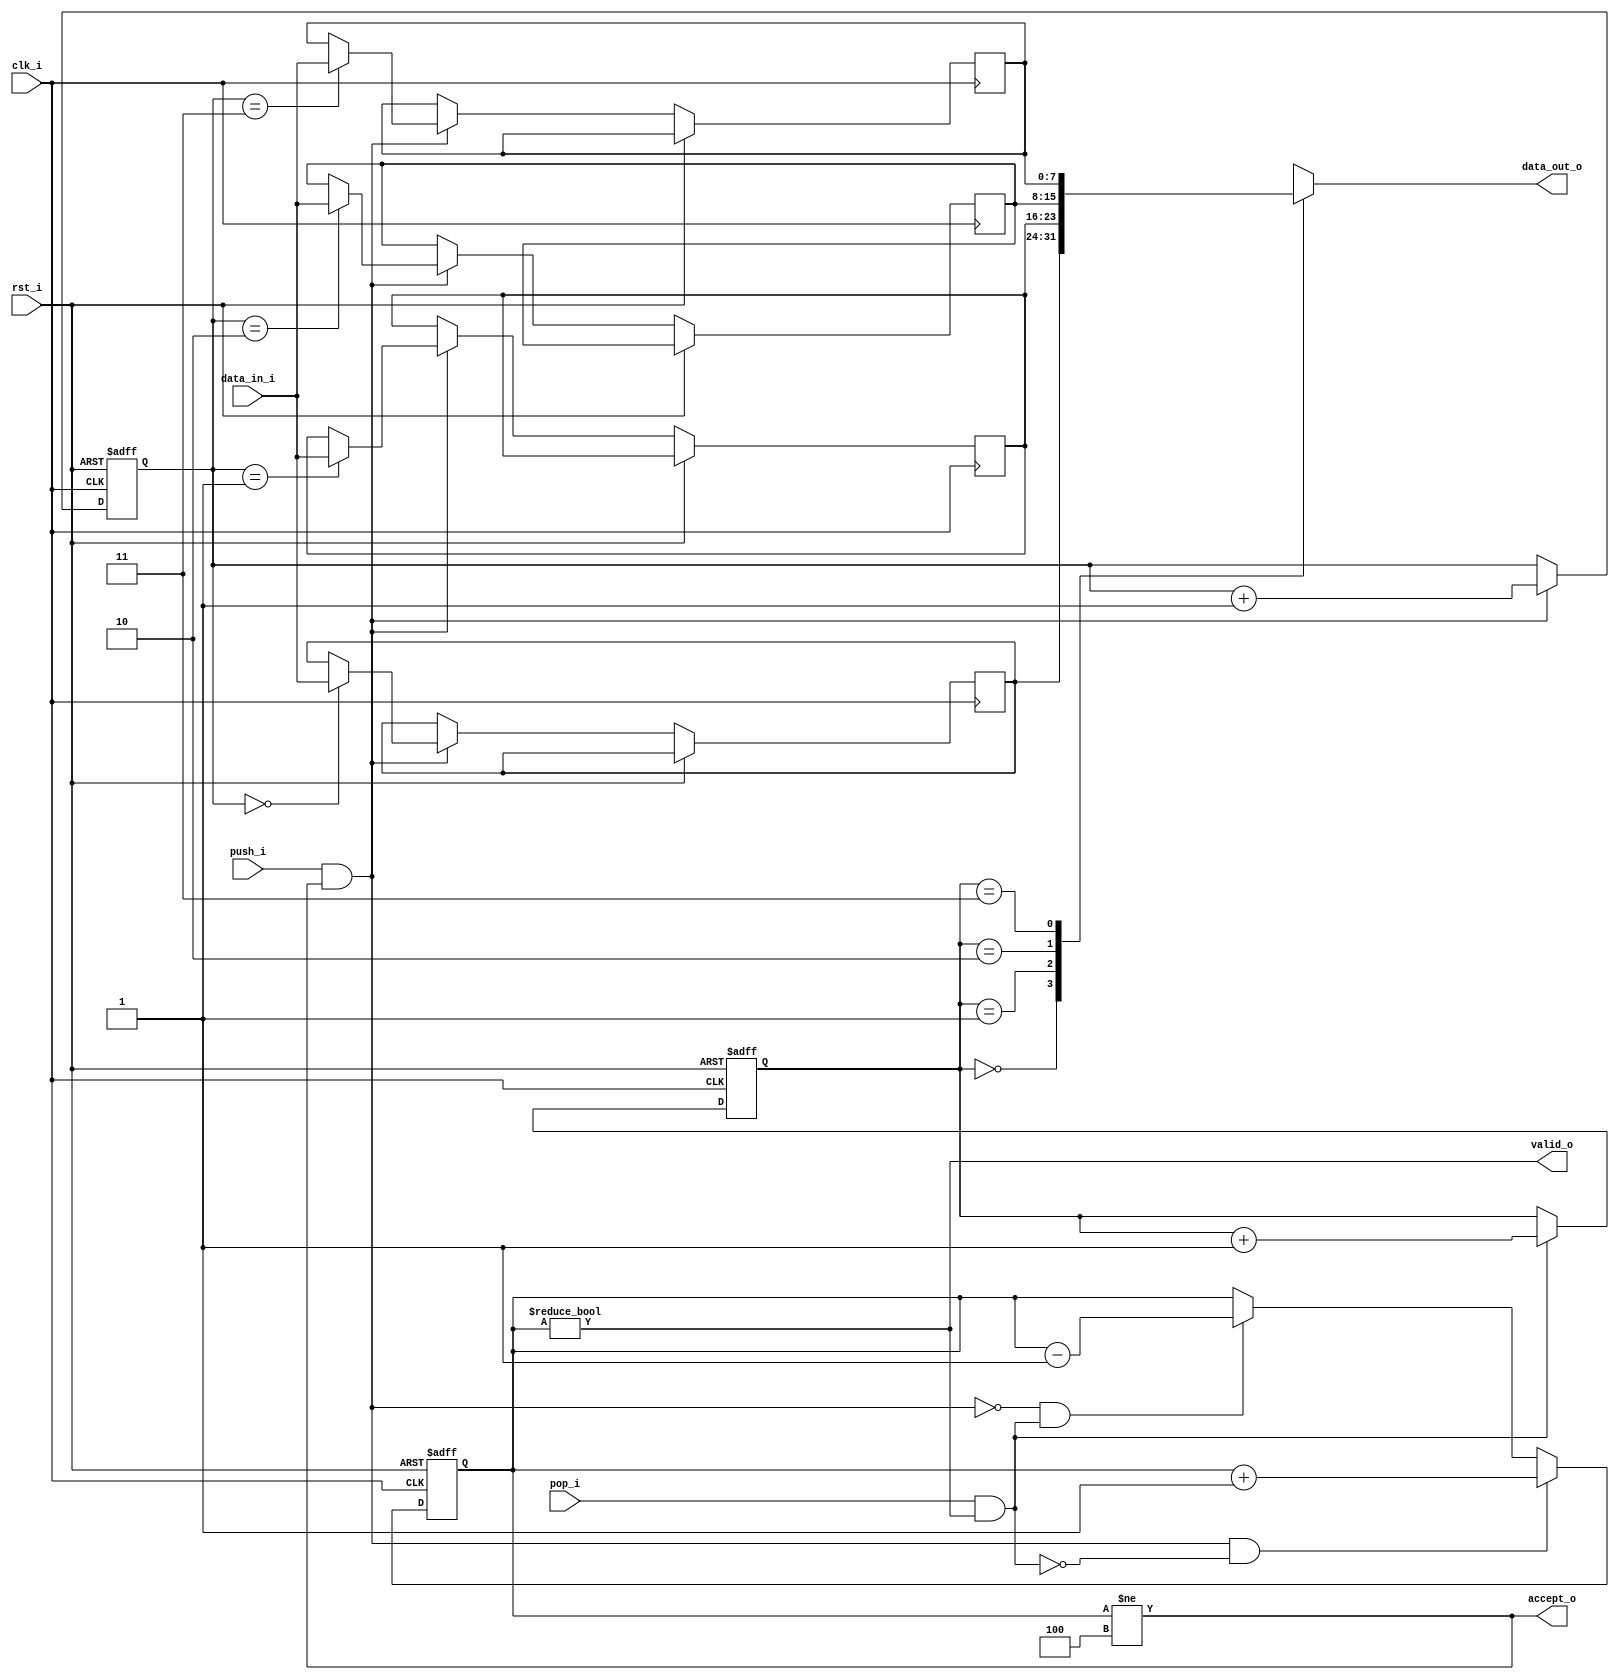
//-----------------------------------------------------------------
//                     UART -> AXI Debug Bridge
//                              V1.0
//                        Ultra-Embedded.com
//                        Copyright 2017-2019
//
//
//                       License: LGPL
//-----------------------------------------------------------------
//
// This source file may be used and distributed without         
// restriction provided that this copyright statement is not    
// removed from the file and that any derivative work contains  
// the original copyright notice and the associated disclaimer. 
//
// This source file is free software; you can redistribute it   
// and/or modify it under the terms of the GNU Lesser General   
// Public License as published by the Free Software Foundation; 
// either version 2.1 of the License, or (at your option) any   
// later version.
//
// This source is distributed in the hope that it will be       
// useful, but WITHOUT ANY WARRANTY; without even the implied   
// warranty of MERCHANTABILITY or FITNESS FOR A PARTICULAR      
// PURPOSE.  See the GNU Lesser General Public License for more 
// details.
//
// You should have received a copy of the GNU Lesser General    
// Public License along with this source; if not, write to the 
// Free Software Foundation, Inc., 59 Temple Place, Suite 330, 
// Boston, MA  02111-1307  USA
//-----------------------------------------------------------------

//-----------------------------------------------------------------
//                          Generated File
//-----------------------------------------------------------------
module dbg_bridge_fifo
//-----------------------------------------------------------------
// Params
//-----------------------------------------------------------------
#(
    parameter WIDTH   = 8,
    parameter DEPTH   = 4,
    parameter ADDR_W  = 2
)
//-----------------------------------------------------------------
// Ports
//-----------------------------------------------------------------
(
    // Inputs
     input               clk_i
    ,input               rst_i
    ,input  [WIDTH-1:0]  data_in_i
    ,input               push_i
    ,input               pop_i

    // Outputs
    ,output [WIDTH-1:0]  data_out_o
    ,output              accept_o
    ,output              valid_o
);

//-----------------------------------------------------------------
// Local Params
//-----------------------------------------------------------------
localparam COUNT_W = ADDR_W + 1;

//-----------------------------------------------------------------
// Registers
//-----------------------------------------------------------------
reg [WIDTH-1:0]   ram_q[DEPTH-1:0];
reg [ADDR_W-1:0]  rd_ptr_q;
reg [ADDR_W-1:0]  wr_ptr_q;
reg [COUNT_W-1:0] count_q;

//-----------------------------------------------------------------
// Sequential
//-----------------------------------------------------------------
always @ (posedge clk_i or posedge rst_i)
if (rst_i)
begin
    count_q   <= {(COUNT_W) {1'b0}};
    rd_ptr_q  <= {(ADDR_W) {1'b0}};
    wr_ptr_q  <= {(ADDR_W) {1'b0}};
end
else
begin
    // Push
    if (push_i & accept_o)
    begin
        ram_q[wr_ptr_q] <= data_in_i;
        wr_ptr_q        <= wr_ptr_q + 1;
    end

    // Pop
    if (pop_i & valid_o)
        rd_ptr_q      <= rd_ptr_q + 1;

    // Count up
    if ((push_i & accept_o) & ~(pop_i & valid_o))
        count_q <= count_q + 1;
    // Count down
    else if (~(push_i & accept_o) & (pop_i & valid_o))
        count_q <= count_q - 1;
end

//-------------------------------------------------------------------
// Combinatorial
//-------------------------------------------------------------------
/* verilator lint_off WIDTH */
assign valid_o       = (count_q != 0);
assign accept_o      = (count_q != DEPTH);
/* verilator lint_on WIDTH */

assign data_out_o    = ram_q[rd_ptr_q];

endmodule